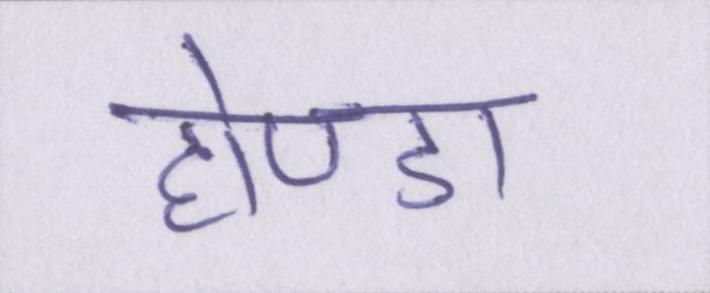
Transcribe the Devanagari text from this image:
होण्डा